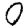
Digit: 0